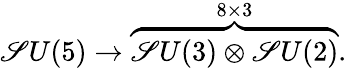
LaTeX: \mathscr{S}U(5)\rightarrow\overbrace{{\mathscr{S}U(3)\otimes\mathscr{S}U(2)}}^{8\times3}.